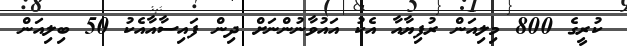
ކުރީގެ 800 މިލިއަން ރުފިޔާއާ އެކު އައުވާނުންނަށް ދިން ފައިސާއާއެކު 50 ބިލިއަން